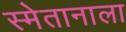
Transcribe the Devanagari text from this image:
स्मेतानाला